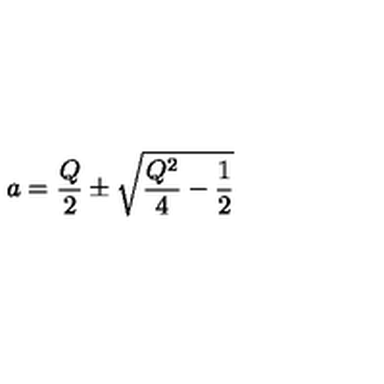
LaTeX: a = \frac { Q } { 2 } \pm \sqrt { \frac { Q ^ { 2 } } { 4 } - \frac { 1 } { 2 } }